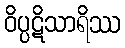
ဝိပ္ပဋိသာရိဿ